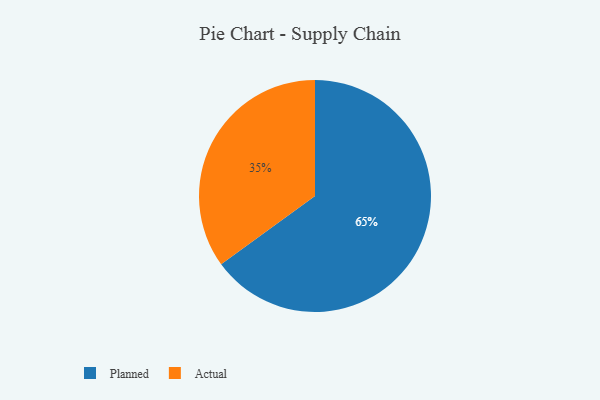
{"axis": {"x": "Category", "y": "Percentage"}, "legend": ["Actual", "Planned"], "data": [{"x": "Planned", "y": 65, "type": "Planned"}, {"x": "Actual", "y": 35, "type": "Actual"}]}